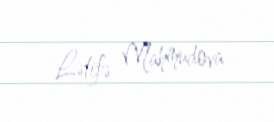
Lətifə Mahmudova